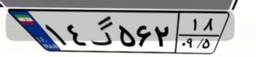
۱۴گ۵۶۲۱۸